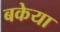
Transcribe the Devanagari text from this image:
बकेया